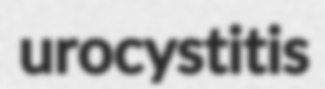
urocystitis